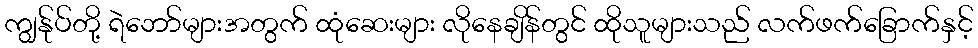
ကျွန်ုပ်တို့ ရဲဘော်များအတွက် ထုံဆေးများ လိုနေချိန်တွင် ထိုသူများသည် လက်ဖက်ခြောက်နှင့်